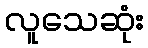
လူသေဆုံး